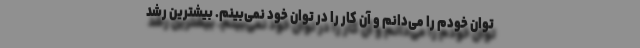
توان خودم را می‌دانم و آن کار را در توان خود نمی‌بینم. بيشترين رشد